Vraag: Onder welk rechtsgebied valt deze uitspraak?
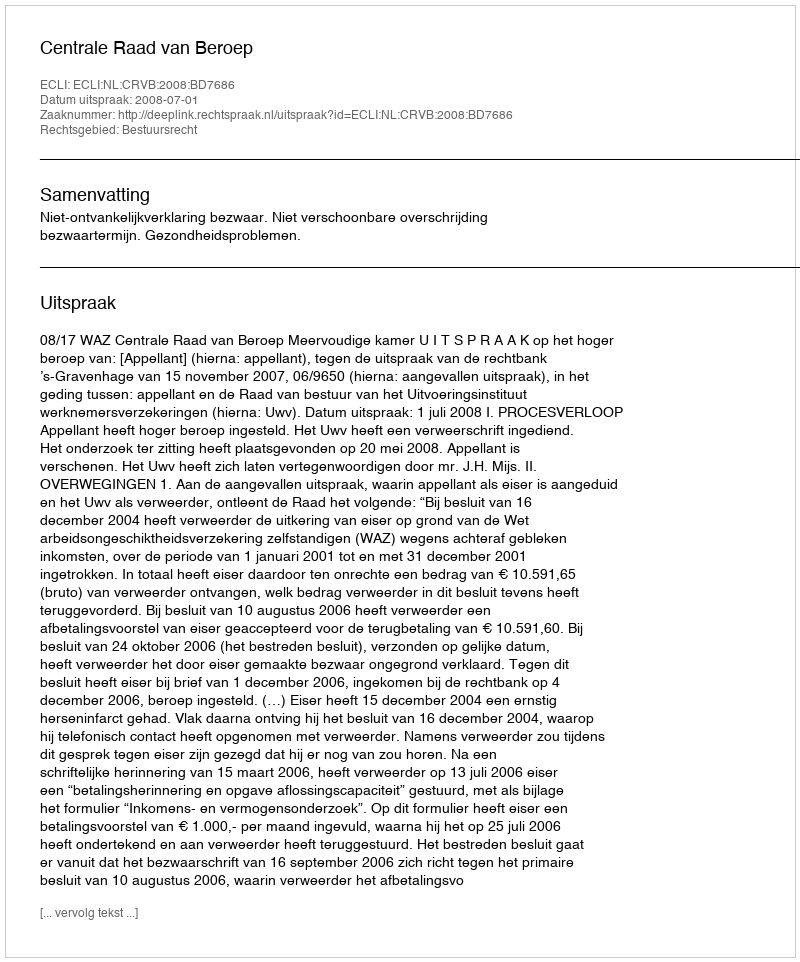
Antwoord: Bestuursrecht